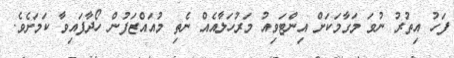
ފަހު އިތުރު ނުވަ މަގާމަކަށް އިންޓަވިއު މަރުހަލާއެއް ނެތި މުއައްޒަފުން ހޯދާފައިވާ ކަމަށެވެ.